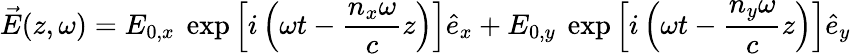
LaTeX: \vec{E}(z,\omega)=E_{0,x}~\exp\left[i\left(\omega t-\frac{n_{x}\omega}{c}z\right)\right]\hat{e}_{x}+E_{0,y}~\exp\left[i\left(\omega t-\frac{n_{y}\omega}{c}z\right)\right]\hat{e}_{y}